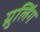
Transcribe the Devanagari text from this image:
ग्रुलिंग